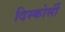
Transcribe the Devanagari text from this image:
दिस्कोर्सी